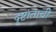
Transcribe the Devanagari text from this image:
दृष्टांताची